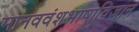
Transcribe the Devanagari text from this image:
मानववंशभाषाविज्ञान